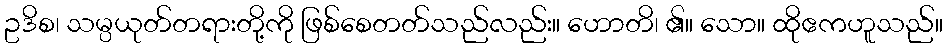
ဥဒိစ၊ သမ္ပယုတ်တရားတို့ကို ဖြစ်စေတတ်သည်လည်း။ ဟောတိ၊ ၏။ သော။ ထိုဧကဟူသည်။